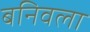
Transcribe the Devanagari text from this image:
बनिवला